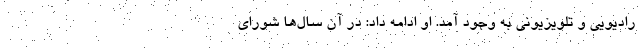
رادیویی و تلویزیونی به وجود آمد. او ادامه داد: در آن سال‌ها شورای